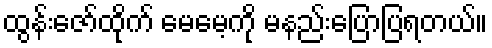
ထွန်းဇော်ထိုက် မေမေ့ကို မနည်းပြောပြရတယ်။